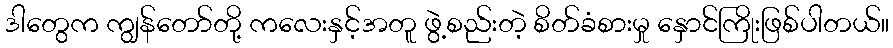
ဒါတွေက ကျွန်တော်တို့ ကလေးနှင့်အတူ ဖွဲ့စည်းတဲ့ စိတ်ခံစားမှု နှောင်ကြိုးဖြစ်ပါတယ်။